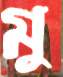
মু